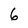
Character: 6